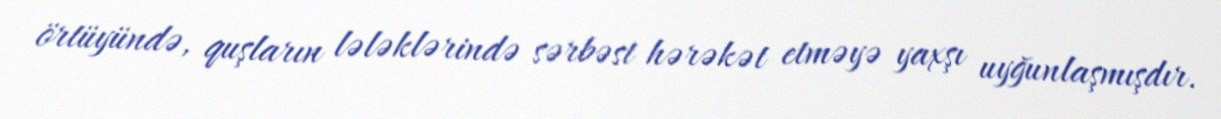
örtüyündə, quşların lələklərində sərbəst hərəkət etməyə yaxşı uyğunlaşmışdır.